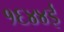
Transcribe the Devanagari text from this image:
१६४४ई